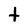
Character: t